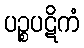
ပဉ္စပဋိကံ